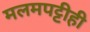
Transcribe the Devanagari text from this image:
मलमपट्टीही